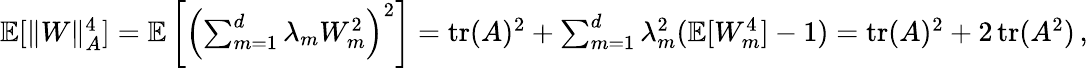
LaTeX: \begin{array}{r}{\mathbb E[\Vert W\Vert_{A}^{4}]=\mathbb E\left[\left(\sum_{m=1}^{d}\lambda_{m}W_{m}^{2}\right)^{2}\right]=\operatorname{tr}(A)^{2}+\sum_{m=1}^{d}\lambda_{m}^{2}(\mathbb E[W_{m}^{4}]-1)=\operatorname{tr}(A)^{2}+2\operatorname{tr}(A^{2})\, ,}\end{array}